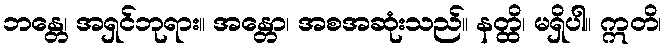
ဘန္တေ၊ အရှင်ဘုရား။ အန္တော၊ အစအဆုံးသည်။ နတ္ထိ၊ မရှိပါ။ ဣတိ၊